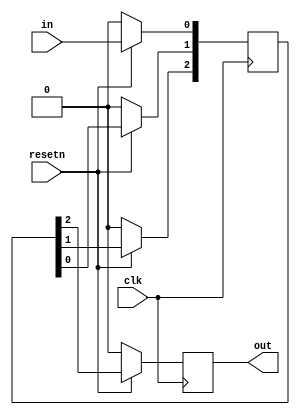
module top_module (
    input wire clk,
    input wire resetn,
    input wire in,
    output reg out
    );
    
    reg [2:0] Q;
    
    always @(posedge clk)
    begin
        if (resetn) 
        begin
            Q[0] <= in;
            Q[1] <= Q[0];
            Q[2] <= Q[1];
            out  <= Q[2];
        end
        else 
        begin
            Q   <= 3'b0;
            out <= 1'b0;
        end
    end
    
endmodule